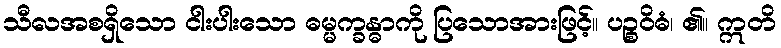
သီလအစရှိသော ငါးပါးသော ဓမ္မက္ခန္ဓာကို ပြသောအားဖြင့်။ ပဉ္စဝိဓံ၊ ၏။ ဣတိ